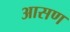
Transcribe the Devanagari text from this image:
आसण